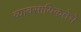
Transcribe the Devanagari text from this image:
व्यावसायिकतेचे